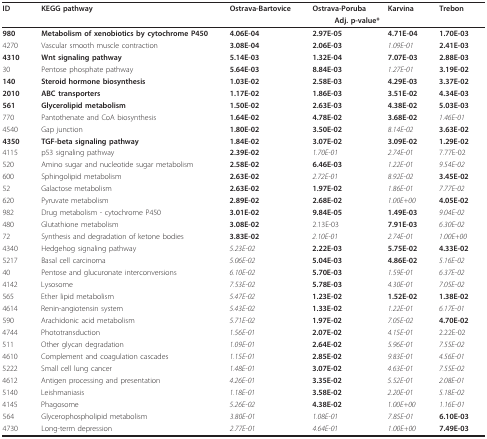
<table><thead><tr><td><b>ID</b></td><td><b>KEGG pathway</b></td><td><b>Ostrava-Bartovice</b></td><td><b>Ostrava-Poruba</b></td><td><b>Karvina</b></td><td><b>Trebon</b></td></tr><tr><td></td><td></td><td colspan="4"><b>Adj. p-value*</b></td></tr></thead><tbody><tr><td><b>980</b></td><td><b>Metabolism of xenobiotics by cytochrome P450</b></td><td><b>4.06E-04</b></td><td><b>2.97E-05</b></td><td><b>4.71E-04</b></td><td><b>1.70E-03</b></td></tr><tr><td>4270</td><td>Vascular smooth muscle contraction</td><td><b>3.08E-04</b></td><td><b>2.06E-03</b></td><td><i>1.09E-01</i></td><td><b>2.41E-03</b></td></tr><tr><td><b>4310</b></td><td><b>Wnt signaling pathway</b></td><td><b>5.14E-03</b></td><td><b>1.32E-04</b></td><td><b>7.07E-03</b></td><td><b>2.88E-03</b></td></tr><tr><td>30</td><td>Pentose phosphate pathway</td><td><b>5.64E-03</b></td><td><b>8.84E-03</b></td><td><i>1.27E-01</i></td><td><b>3.19E-02</b></td></tr><tr><td><b>140</b></td><td><b>Steroid hormone biosynthesis</b></td><td><b>1.03E-02</b></td><td><b>2.58E-03</b></td><td><b>4.29E-03</b></td><td><b>3.37E-02</b></td></tr><tr><td><b>2010</b></td><td><b>ABC transporters</b></td><td><b>1.17E-02</b></td><td><b>1.86E-03</b></td><td><b>3.51E-02</b></td><td><b>4.34E-03</b></td></tr><tr><td><b>561</b></td><td><b>Glycerolipid metabolism</b></td><td><b>1.50E-02</b></td><td><b>2.63E-03</b></td><td><b>4.38E-02</b></td><td><b>5.03E-03</b></td></tr><tr><td>770</td><td>Pantothenate and CoA biosynthesis</td><td><b>1.64E-02</b></td><td><b>4.78E-02</b></td><td><b>3.68E-02</b></td><td><i>1.46E-01</i></td></tr><tr><td>4540</td><td>Gap junction</td><td><b>1.80E-02</b></td><td><b>3.50E-02</b></td><td><i>8.14E-02</i></td><td><b>3.63E-02</b></td></tr><tr><td><b>4350</b></td><td><b>TGF-beta signaling pathway</b></td><td><b>1.84E-02</b></td><td><b>3.07E-02</b></td><td><b>3.09E-02</b></td><td><b>1.29E-02</b></td></tr><tr><td>4115</td><td>p53 signaling pathway</td><td><b>2.39E-02</b></td><td><i>1.70E-01</i></td><td><i>2.74E-01</i></td><td>7.77E-02</td></tr><tr><td>520</td><td>Amino sugar and nucleotide sugar metabolism</td><td><b>2.58E-02</b></td><td><b>6.46E-03</b></td><td><i>1.22E-01</i></td><td><i>9.54E-02</i></td></tr><tr><td>600</td><td>Sphingolipid metabolism</td><td><b>2.63E-02</b></td><td><i>2.72E-01</i></td><td><i>8.92E-02</i></td><td><b>3.45E-02</b></td></tr><tr><td>52</td><td>Galactose metabolism</td><td><b>2.63E-02</b></td><td><b>1.97E-02</b></td><td><i>1.86E-01</i></td><td><i>7.77E-02</i></td></tr><tr><td>620</td><td>Pyruvate metabolism</td><td><b>2.89E-02</b></td><td><b>2.68E-02</b></td><td><i>1.00E+00</i></td><td><b>4.05E-02</b></td></tr><tr><td>982</td><td>Drug metabolism - cytochrome P450</td><td><b>3.01E-02</b></td><td><b>9.84E-05</b></td><td><b>1.49E-03</b></td><td><i>9.04E-02</i></td></tr><tr><td>480</td><td>Glutathione metabolism</td><td><b>3.08E-02</b></td><td>2.13E-03</td><td><b>7.91E-03</b></td><td><i>6.30E-02</i></td></tr><tr><td>72</td><td>Synthesis and degradation of ketone bodies</td><td><b>3.83E-02</b></td><td><i>2.10E-01</i></td><td><i>2.74E-01</i></td><td><i>1.00E+00</i></td></tr><tr><td>4340</td><td>Hedgehog signaling pathway</td><td><i>5.23E-02</i></td><td><b>2.22E-03</b></td><td><b>5.75E-02</b></td><td><b>4.33E-02</b></td></tr><tr><td>5217</td><td>Basal cell carcinoma</td><td><i>5.06E-02</i></td><td><b>5.04E-03</b></td><td><b>4.86E-02</b></td><td><i>5.16E-02</i></td></tr><tr><td>40</td><td>Pentose and glucuronate interconversions</td><td><i>6.10E-02</i></td><td><b>5.70E-03</b></td><td><i>1.59E-01</i></td><td><i>6.37E-02</i></td></tr><tr><td>4142</td><td>Lysosome</td><td><i>7.53E-02</i></td><td><b>5.78E-03</b></td><td><i>4.30E-01</i></td><td><i>7.05E-02</i></td></tr><tr><td>565</td><td>Ether lipid metabolism</td><td><i>5.47E-02</i></td><td><b>1.23E-02</b></td><td><b>1.52E-02</b></td><td><b>1.38E-02</b></td></tr><tr><td>4614</td><td>Renin-angiotensin system</td><td><i>5.43E-02</i></td><td><b>1.33E-02</b></td><td><i>1.22E-01</i></td><td><i>6.17E-01</i></td></tr><tr><td>590</td><td>Arachidonic acid metabolism</td><td><i>5.71E-02</i></td><td><b>1.97E-02</b></td><td><i>7.05E-02</i></td><td><b>4.70E-02</b></td></tr><tr><td>4744</td><td>Phototransduction</td><td><i>1.56E-01</i></td><td><b>2.07E-02</b></td><td><i>4.15E-01</i></td><td>2.22E-02</td></tr><tr><td>511</td><td>Other glycan degradation</td><td><i>1.09E-01</i></td><td><b>2.64E-02</b></td><td><i>5.96E-01</i></td><td><i>7.55E-02</i></td></tr><tr><td>4610</td><td>Complement and coagulation cascades</td><td><i>1.15E-01</i></td><td><b>2.85E-02</b></td><td><i>9.83E-01</i></td><td><i>4.56E-01</i></td></tr><tr><td>5222</td><td>Small cell lung cancer</td><td><i>1.48E-01</i></td><td><b>3.07E-02</b></td><td><i>4.63E-01</i></td><td><i>7.55E-02</i></td></tr><tr><td>4612</td><td>Antigen processing and presentation</td><td><i>4.26E-01</i></td><td><b>3.35E-02</b></td><td><i>5.52E-01</i></td><td><i>2.08E-01</i></td></tr><tr><td>5140</td><td>Leishmaniasis</td><td><i>1.18E-01</i></td><td><b>3.58E-02</b></td><td><i>2.20E-01</i></td><td><i>5.18E-02</i></td></tr><tr><td>4145</td><td>Phagosome</td><td><i>5.26E-02</i></td><td><b>4.38E-02</b></td><td><i>1.00E+00</i></td><td><i>1.16E-01</i></td></tr><tr><td>564</td><td>Glycerophospholipid metabolism</td><td><i>3.80E-01</i></td><td><i>1.08E-01</i></td><td><i>7.85E-01</i></td><td><b>6.10E-03</b></td></tr><tr><td>4730</td><td>Long-term depression</td><td><i>2.77E-01</i></td><td><i>4.64E-01</i></td><td><i>1.00E+00</i></td><td><b>7.49E-03</b></td></tr></tbody></table>